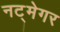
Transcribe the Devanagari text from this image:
नट्मेगर